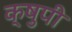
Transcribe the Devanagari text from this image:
क्षुपी